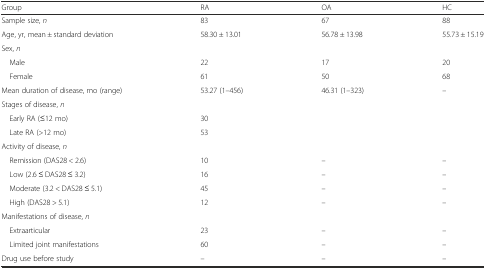
<table><thead><tr><td><b>Group</b></td><td><b>RA</b></td><td><b>OA</b></td><td><b>HC</b></td></tr></thead><tbody><tr><td>Sample size, <i>n</i></td><td>83</td><td>67</td><td>88</td></tr><tr><td>Age, yr, mean ± standard deviation</td><td>58.30 ± 13.01</td><td>56.78 ± 13.98</td><td>55.73 ± 15.19</td></tr><tr><td>Sex, <i>n</i></td><td></td><td></td><td></td></tr><tr><td> Male</td><td>22</td><td>17</td><td>20</td></tr><tr><td> Female</td><td>61</td><td>50</td><td>68</td></tr><tr><td>Mean duration of disease, mo (range)</td><td>53.27 (1–456)</td><td>46.31 (1–323)</td><td>–</td></tr><tr><td>Stages of disease, <i>n</i></td><td></td><td></td><td></td></tr><tr><td> Early RA (≤12 mo)</td><td>30</td><td></td><td></td></tr><tr><td> Late RA (&gt;12 mo)</td><td>53</td><td></td><td></td></tr><tr><td>Activity of disease, <i>n</i></td><td></td><td></td><td></td></tr><tr><td> Remission (DAS28 &lt; 2.6)</td><td>10</td><td>–</td><td>–</td></tr><tr><td> Low (2.6 ≤ DAS28 ≤ 3.2)</td><td>16</td><td>–</td><td>–</td></tr><tr><td> Moderate (3.2 &lt; DAS28 ≤ 5.1)</td><td>45</td><td>–</td><td>–</td></tr><tr><td> High (DAS28 &gt; 5.1)</td><td>12</td><td>–</td><td>–</td></tr><tr><td>Manifestations of disease, <i>n</i></td><td></td><td></td><td></td></tr><tr><td> Extraarticular</td><td>23</td><td>–</td><td>–</td></tr><tr><td> Limited joint manifestations</td><td>60</td><td>–</td><td>–</td></tr><tr><td>Drug use before study</td><td>–</td><td>–</td><td>–</td></tr></tbody></table>